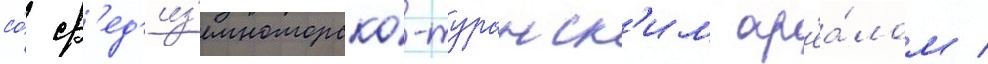
со́ ср'ед'из'емноморско-туранск'им ар'еа́лом /